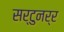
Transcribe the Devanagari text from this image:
सर्टुनर्र